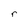
Character: r